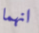
انهما